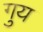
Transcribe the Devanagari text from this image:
गुय